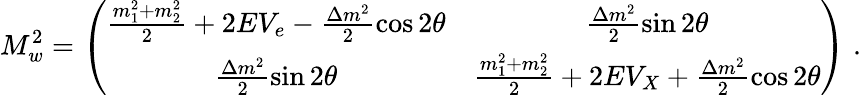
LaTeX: M_{w}^{2}=\left(\begin{array}{cc}{{\frac{m_{1}^{2}+m_{2}^{2}}{2}+2E{V_{e}}-\frac{\Delta m^{2}}{2}{\cos 2\theta}}}&{{\frac{\Delta m^{2}}{2}{\sin 2\theta}}}\\ {{\frac{\Delta m^{2}}{2}{\sin 2\theta}}}&{{\frac{m_{1}^{2}+m_{2}^{2}}{2}+2E{V_{X}}+\frac{\Delta m^{2}}{2}{\cos 2\theta}}}\end{array}\right)\; .